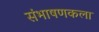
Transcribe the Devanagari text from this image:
संभाषणकला